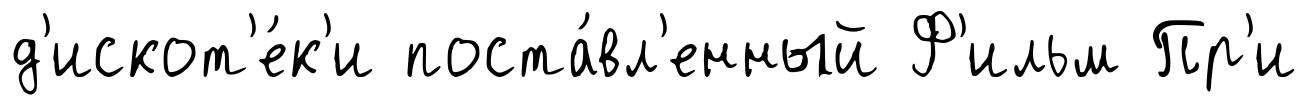
д'искот'е́к'и поста́вл'енный Ф'ильм Пр'и